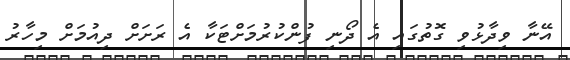
އޭނާ ވިދާޅުވި ގޮތުގައި އެ ދޯނި ފުންކުރުމަށްޓަކާ އެ ރަށަށް ދިއުމަށް މިހާރު